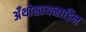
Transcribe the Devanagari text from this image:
अँथोसायनाडिन